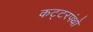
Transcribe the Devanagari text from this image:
कट्टरपंथो